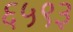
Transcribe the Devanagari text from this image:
६५९३